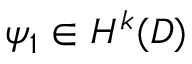
\psi _ { 1 } \in H ^ { k } ( D )